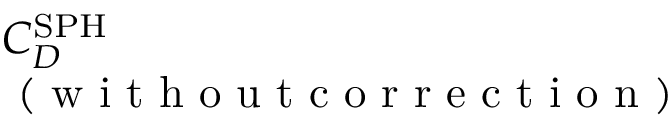
\begin{array} { l } { C _ { D } ^ { \mathrm { S P H } } } \\ { \mathrm { ~ ( ~ w ~ i ~ t ~ h ~ o ~ u ~ t ~ c ~ o ~ r ~ r ~ e ~ c ~ t ~ i ~ o ~ n ~ ) ~ } } \end{array}